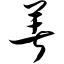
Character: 著